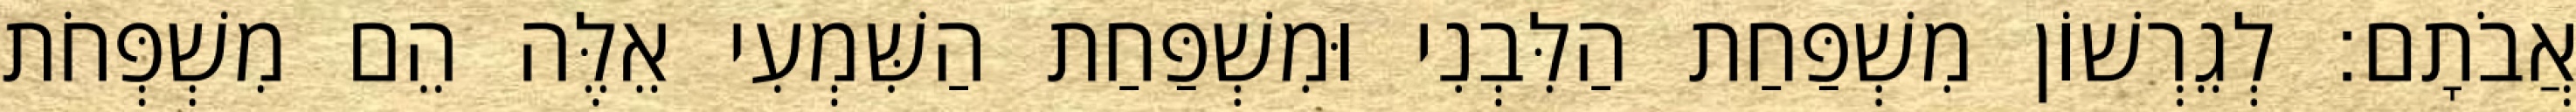
אֲבֹתָם׃ לְגֵרְשׁוֹן מִשְׁפַּחַת הַלִּבְנִי וּמִשְׁפַּחַת הַשִּׁמְעִי אֵלֶּה הֵם מִשְׁפְּחֹת